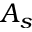
A _ { s }